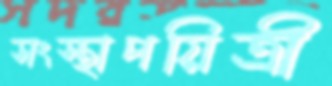
সংস্থাপয়িত্রী